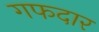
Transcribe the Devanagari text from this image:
गफदार